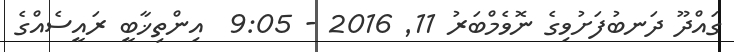
ގައްދޫ ދަނބުފަށުވިގެ ނޮވެމްބަރު 11